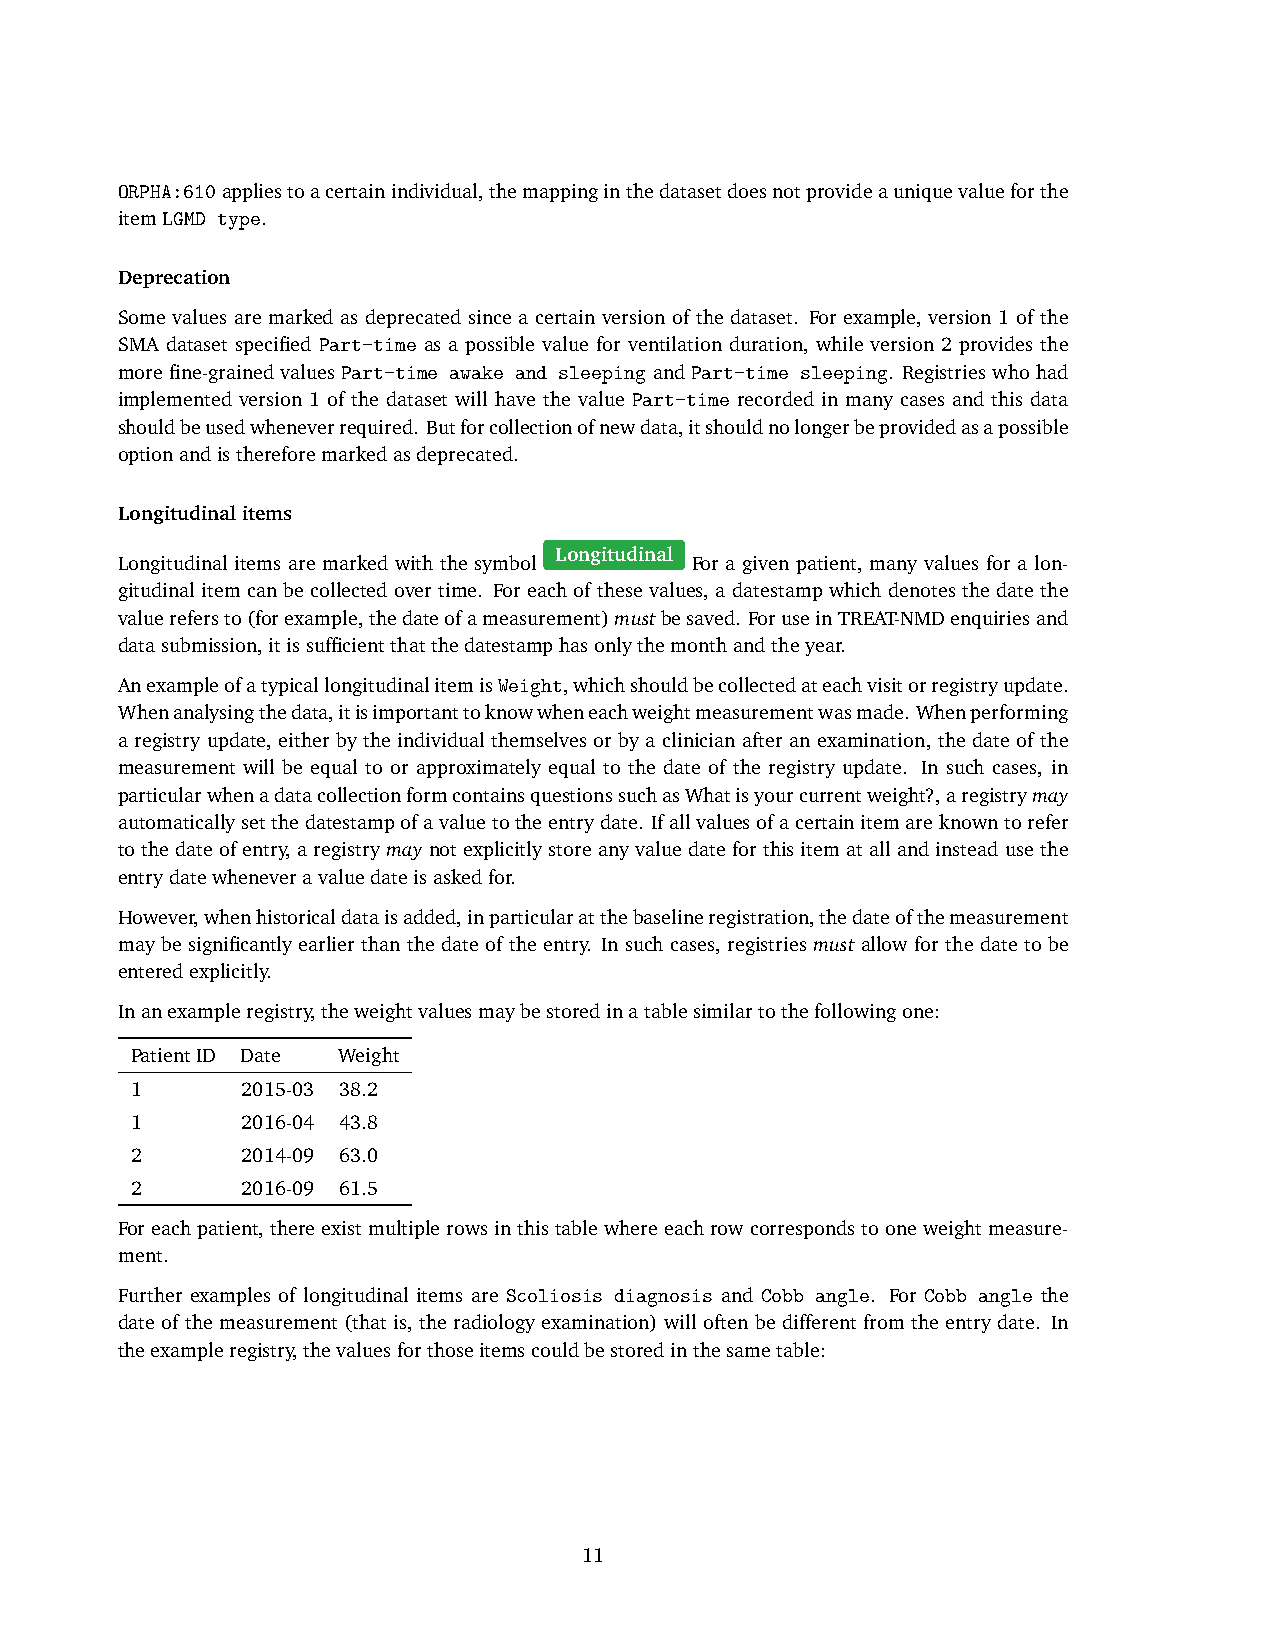
ORPHA:610appliestoacertainindividual,themappinginthedatasetdoesnotprovideauniquevalueforthe
 itemLGMD type.
 Deprecation
 Some values are marked as deprecated since a certain version of the dataset. For example, version 1 of the
 SMA dataset specified Part-time as a possible value for ventilation duration, while version 2 provides the
 morefine-grainedvaluesPart-time awake and sleepingandPart-time sleeping. Registrieswhohad
 implemented version 1 of the dataset will have the value Part-time recorded in many cases and this data
 shouldbeusedwheneverrequired. Butforcollectionofnewdata,itshouldnolongerbeprovidedasapossible
 optionandisthereforemarkedasdeprecated.
 Longitudinalitems
 Longitudinal
 Longitudinal items are marked with the symbol For a given patient, many values for a lon-
 gitudinal item can be collected over time. For each of these values, a datestamp which denotes the date the
 valuerefersto(forexample,thedateofameasurement)mustbesaved. ForuseinTREAT-NMDenquiriesand
 datasubmission,itissufficientthatthedatestamphasonlythemonthandtheyear.
 AnexampleofatypicallongitudinalitemisWeight,whichshouldbecollectedateachvisitorregistryupdate.
 Whenanalysingthedata,itisimportanttoknowwheneachweightmeasurementwasmade. Whenperforming
 a registry update, either by the individual themselves or by a clinician after an examination, the date of the
 measurement will be equal to or approximately equal to the date of the registry update. In such cases, in
 particularwhenadatacollectionformcontainsquestionssuchasWhatisyourcurrentweight?,aregistrymay
 automaticallysetthedatestampofavaluetotheentrydate. Ifallvaluesofacertainitemareknowntorefer
 to the date of entry, a registry may not explicitly store any value date for this item at all and instead use the
 entrydatewheneveravaluedateisaskedfor.
 However,whenhistoricaldataisadded,inparticularatthebaselineregistration,thedateofthemeasurement
 may be significantly earlier than the date of the entry. In such cases, registries must allow for the date to be
 enteredexplicitly.
 Inanexampleregistry,theweightvaluesmaybestoredinatablesimilartothefollowingone:
 PatientID Date Weight
 1      2015-03 38.2
 1      2016-04 43.8
 2      2014-09 63.0
 2      2016-09 61.5
 Foreachpatient, thereexistmultiplerowsinthistablewhereeachrowcorrespondstooneweightmeasure-
 ment.
 Further examples of longitudinal items are Scoliosis diagnosis and Cobb angle. For Cobb angle the
 date of the measurement (that is, the radiology examination) will often be different from the entry date. In
 theexampleregistry,thevaluesforthoseitemscouldbestoredinthesametable:
 11